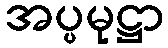
အပ္ပမုဋ္ဌာ